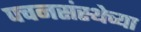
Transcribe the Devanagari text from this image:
पचनसंस्थेच्या